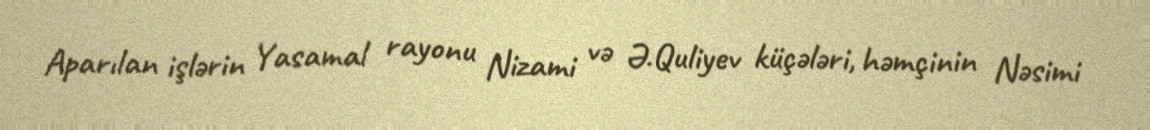
Aparılan işlərin Yasamal rayonu Nizami və Ə.Quliyev küçələri, həmçinin Nəsimi